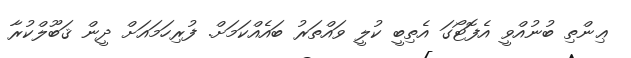
ޢިންތި ބުނުއްވީ އެފޮޓޯގަ އެތިބީ ކުލީ ވައްތަރު ބައެއްކަމަށް. ފުރިހަމައަށް ދީން ޤަބޫލްކުރާ